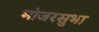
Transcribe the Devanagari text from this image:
मांजरसुभा